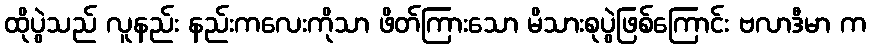
ထိုပွဲသည် လူနည်း နည်းကလေးကိုသာ ဖိတ်ကြားသော မိသားစုပွဲဖြစ်ကြောင်း ဗလာဒီမာ က